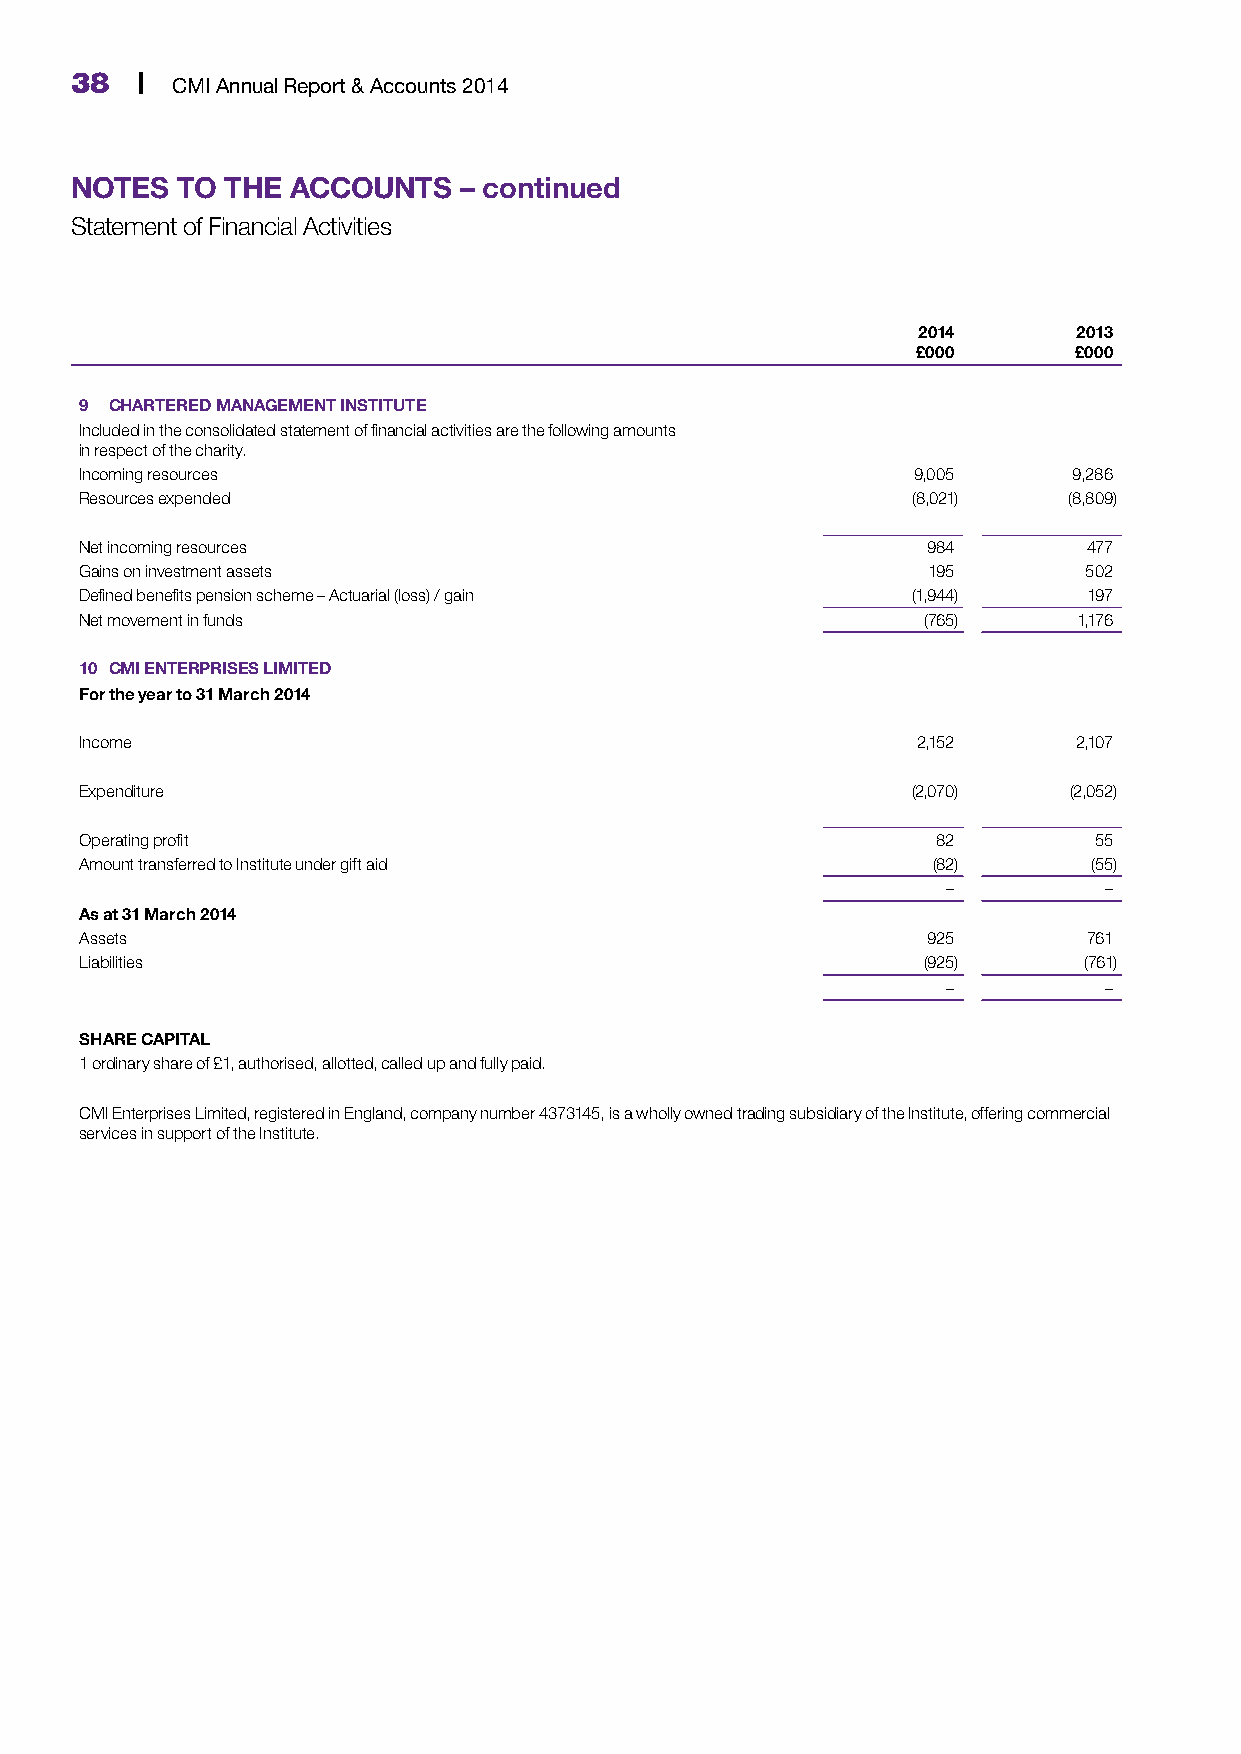
38  | CMI Annual Report & Accounts 2014
 NOTES  TO THE ACCOUNTS   – continued
 Statement of Financial Activities
 2014      2013
 £000      £000
 9 CHARTERED MANAGEMENT INSTITUTE
 Included in the consolidated statement of financial activities are the following amounts
 in respect of the charity.
 Incoming resources                                     9,005      9,286
 Resources expended                                     (8,021)    (8,809)
 Net incoming resources                                  984        477
 Gains on investment assets                              195        502
 Defined benefits pension scheme – Actuarial (loss) / gain (1,944)  197
 Net movement in funds                                   (765)     1,176
 10 CMI ENTERPRISES LIMITED
 For the year to 31 March 2014
 Income                                                  2,152     2,107
 Expenditure                                            (2,070)    (2,052)
 Operating profit                                         82        55
 Amount transferred to Institute under gift aid           (82)      (55)
 –         –
 As at 31 March 2014
 Assets                                                  925        761
 Liabilities                                             (925)      (761)
 –         –
 SHARE CAPITAL
 1 ordinary share of £1, authorised, allotted, called up and fully paid.
 CMI Enterprises Limited, registered in England, company number 4373145, is a wholly owned trading subsidiary of the Institute, offering commercial
 services in support of the Institute.